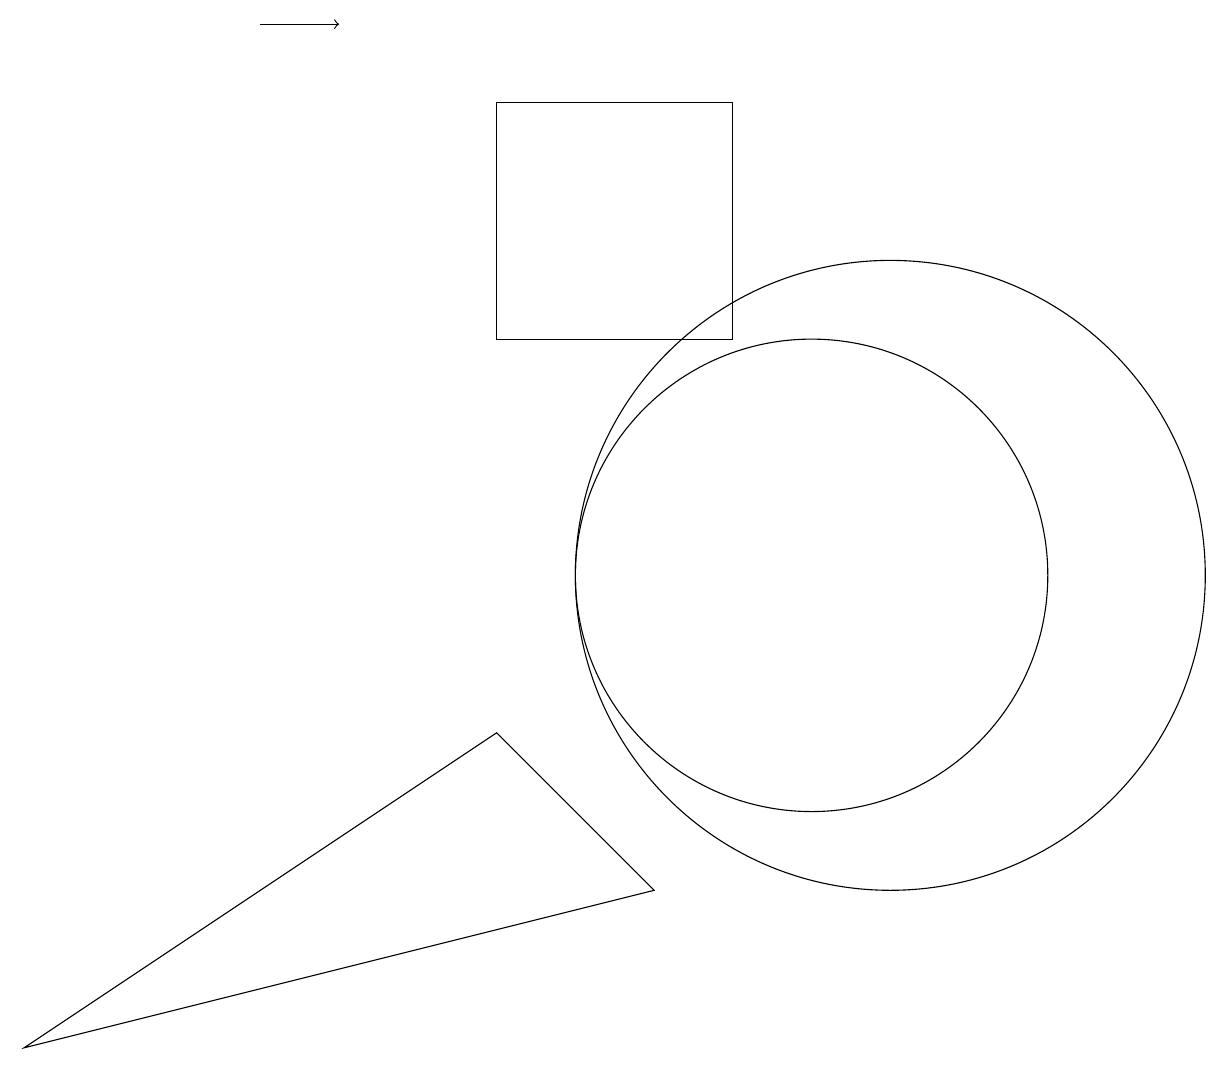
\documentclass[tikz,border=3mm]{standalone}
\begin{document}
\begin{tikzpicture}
\draw (10,10) circle (3);
\draw[->] (3,17) -- (4,17);
\draw (11,10) circle (4);
\draw (9,16) rectangle (6,13);
\draw (0,4) -- (6,8) -- (8,6) -- cycle;
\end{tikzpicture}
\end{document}